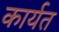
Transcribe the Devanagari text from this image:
कार्यत